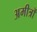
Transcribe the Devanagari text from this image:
अमीत्रों